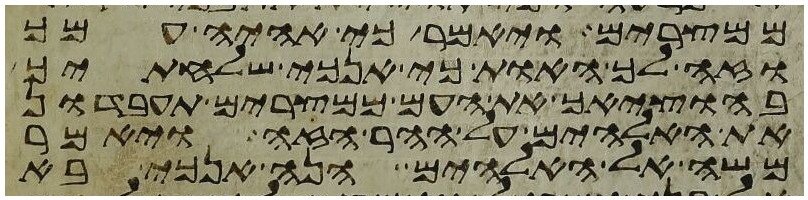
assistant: ממצרים ויאמר כי אהיה עמך
וזה לך האות כי אנכי שלחתיך
בהוציאך את העם ממצרים תעבדון
את האלהים על ההר הזה ויאמר
משה אל האלהים הנה אנכי בא